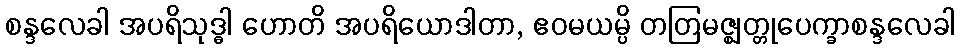
စန္ဒလေခါ အပရိသုဒ္ဓါ ဟောတိ အပရိယောဒါတာ, ဧဝမယမ္ပိ တတြမဇ္ဈတ္တုပေက္ခာစန္ဒလေခါ